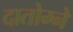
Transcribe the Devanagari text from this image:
दातोम्ने